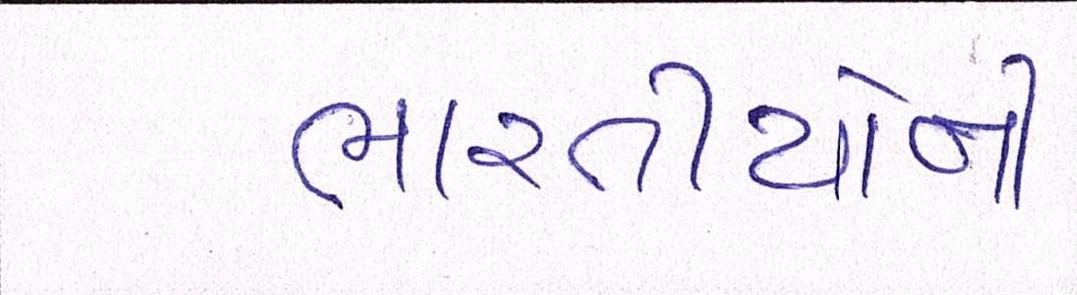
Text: ભારતીયોની